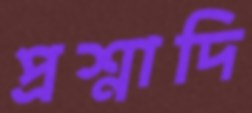
প্রশ্নাদি